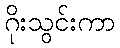
ဂိုးသွင်းကာ